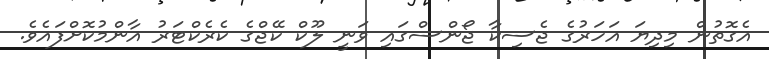
އެގޮތުން މިދިޔަ އަހަރުގެ ޖެސިކާ ޖޯންސްގައި ވަނީ ލޫކް ކޭޖްގެ ކެރެކްޓަރު އާންމުކޮށްފައެވެ.